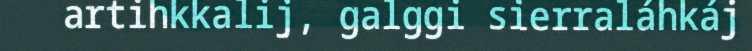
artihkkalij, galggi sierraláhkáj